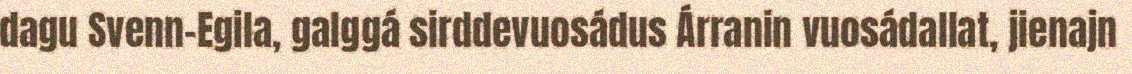
dagu Svenn-Egila, galggá sirddevuosádus Árranin vuosádallat, jienajn